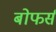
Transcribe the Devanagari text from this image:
बोफर्स